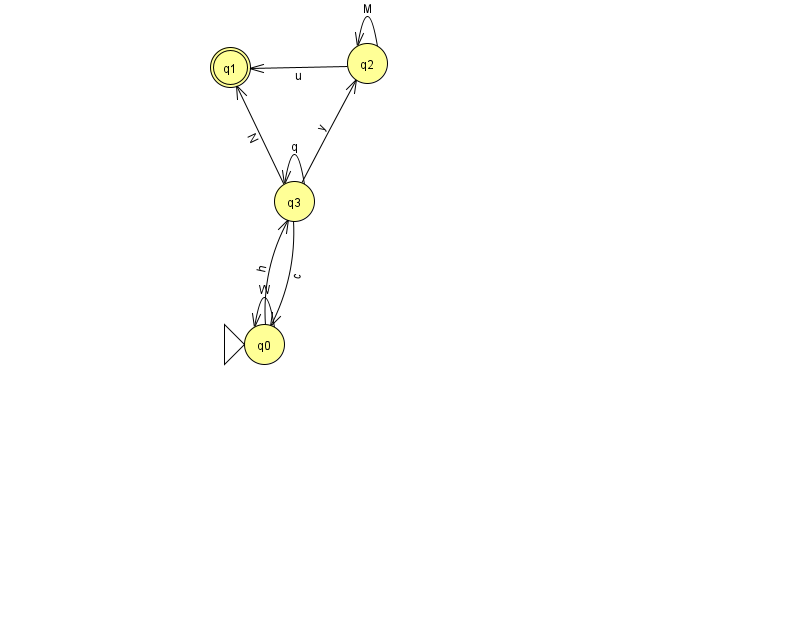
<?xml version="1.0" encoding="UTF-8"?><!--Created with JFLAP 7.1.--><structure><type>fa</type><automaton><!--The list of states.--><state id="0" name="q0"><x>264.0</x><y>331.0</y><initial/></state><state id="1" name="q1"><x>230.0</x><y>54.0</y><final/></state><state id="2" name="q2"><x>367.0</x><y>50.0</y></state><state id="3" name="q3"><x>294.0</x><y>188.0</y></state><!--The list of transitions.--><transition><from>3</from><to>2</to><read>y</read></transition><transition><from>3</from><to>3</to><read>q</read></transition><transition><from>0</from><to>3</to><read>h</read></transition><transition><from>0</from><to>0</to><read>W</read></transition><transition><from>3</from><to>1</to><read>N</read></transition><transition><from>2</from><to>2</to><read>M</read></transition><transition><from>2</from><to>1</to><read>u</read></transition><transition><from>3</from><to>0</to><read>c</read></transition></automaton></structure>